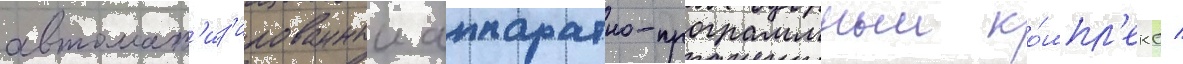
автомат'из'ированныи аппаратно-программныи ко́мпл'екс /